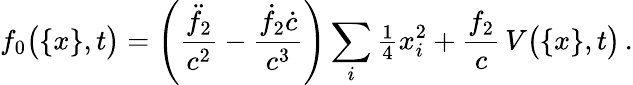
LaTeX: f_{0}\big(\{ x\} ,t\big)=\Bigg(\frac{\ddot{f}_{2}}{c^{2}}-\frac{\dot{f}_{2}\dot{c}}{c^{3}}\Bigg)\sum_{i}{\textstyle\frac{1}{4}}x_{i}^{2}+\frac{f_{2}}{c}\, V\big(\{ x\} ,t\big)\, .